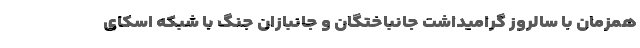
همزمان با سالروز گرامیداشت جانباختگان و جانبازان جنگ با شبکه اسکای